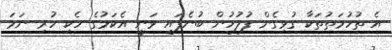
އެ ތުހުމަތުތަކާ ގުޅިގެން ފުލުހުން ބުނެފައި ވަނީ އެކަމުގެ ހެކި ހުރި ނަމަ